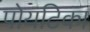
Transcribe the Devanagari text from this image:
पोयटिका